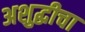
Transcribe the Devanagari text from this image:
अशुद्धीचा